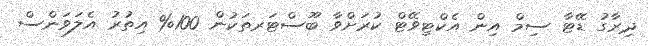
ދިރާގު ޑޭޓާ ސިމް އިން އެކްޓިވޭޓް ކުރަށްވާ ބޫސްޓަރތަކުން 100% އިތުރު އެލަވަންސް